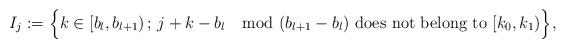
LaTeX: \begin{align*}I_j:=\Bigl\{k\in [b_{l},b_{l+1})\,;\,j+k-b_{l} \mod (b_{l+1}-b_l)\ \textrm{does not belong to}\ [k_{0},k_{1})\Bigr\},\end{align*}